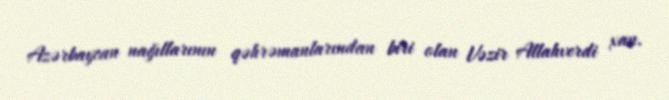
Azərbaycan nağıllarının qəhrəmanlarından biri olan Vəzir Allahverdi xan.